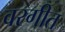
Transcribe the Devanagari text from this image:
वरगीत